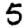
Digit: 5